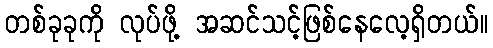
တစ်ခုခုကို လုပ်ဖို့ အဆင်သင့်ဖြစ်နေလေ့ရှိတယ်။